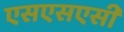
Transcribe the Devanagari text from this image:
एसएसएसी